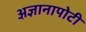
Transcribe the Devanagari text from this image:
अ़ज्ञानापोटी